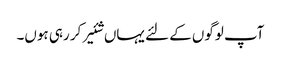
آپ لوگوں کے لئے یہاں شئیر کر رہی ہوں۔